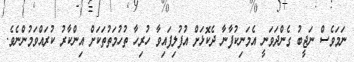
ނަމަވެސް ނަޖީބު ގެންދަވަނީ އެމަނިކުފާނާ ދެކޮޅަށް އުފުލިފައިވާ ހުރިހާ ތުހުމަތުތަކަށް އިންކާރު ކުރައްވަމުންނެވެ.